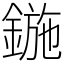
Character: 鍦